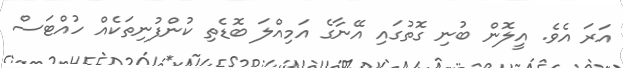
އަރަ އެވެ. އީލޮން ބުނި ގޮތުގައި އޭނާގެ އަމިއްލަ ބޮޑެތި ކުންފުނިތަކެއް ހުއްޓަސް